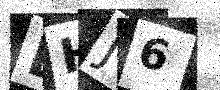
Text: DHJ6